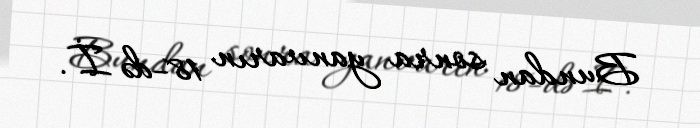
Bundan sonra yanvarın 18-də İ.